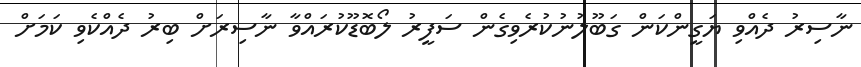
ނާސިރު ދެއްވި ޔަގީންކަން ގަބޫލުނުކުރެވިގެން ސަފީރު ލޯބޮޑޫކުރައްވާ ނާސިރަށް ބިރު ދެއްކެވި ކަމަށް